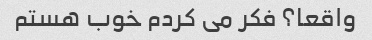
واقعا؟ فکر می کردم خوب هستم